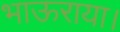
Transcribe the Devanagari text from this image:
भाऊराया।